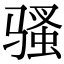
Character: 骚